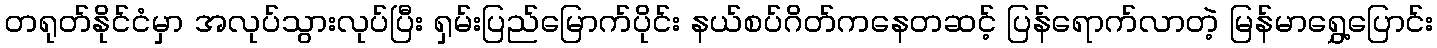
တရုတ်နိုင်ငံမှာ အလုပ်သွားလုပ်ပြီး ရှမ်းပြည်မြောက်ပိုင်း နယ်စပ်ဂိတ်ကနေတဆင့် ပြန်ရောက်လာတဲ့ မြန်မာရွှေ့ပြောင်း